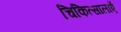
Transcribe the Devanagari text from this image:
चिकित्सालाएँ